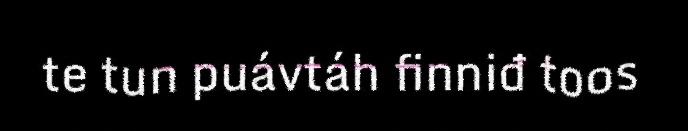
te tun puávtáh finniđ toos